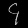
Digit: ၄